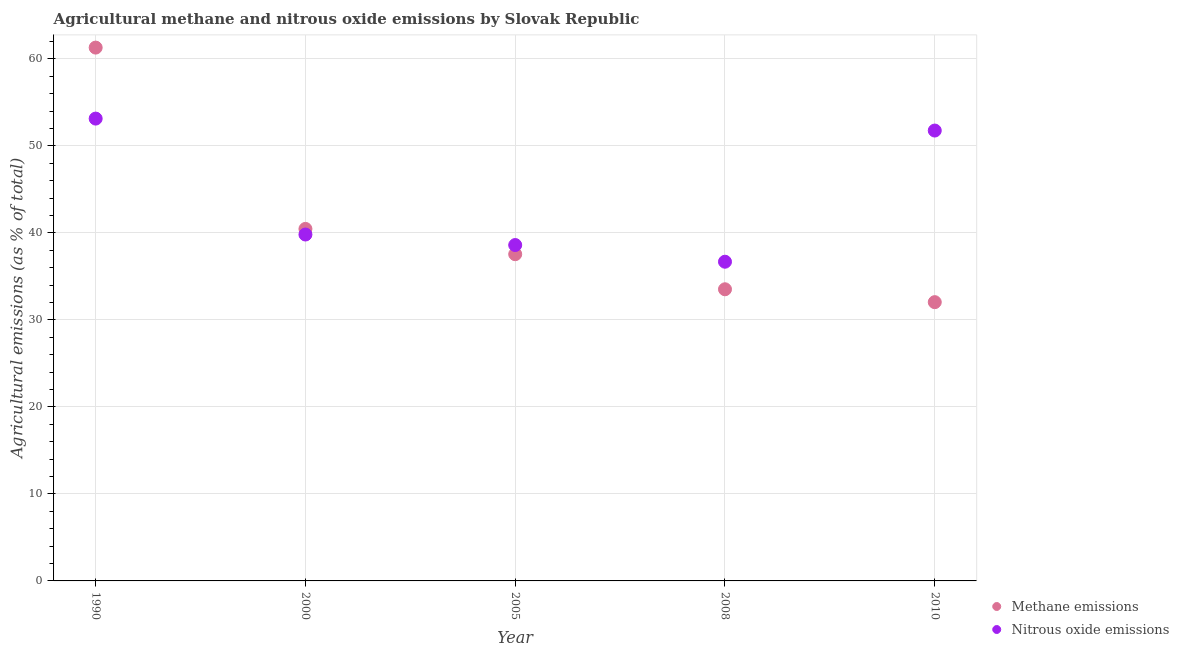
| Year | Methane emissions | Nitrous oxide emissions |
 | --- | --- | --- |
 | 1990 | 61.3 | 53.1 |
 | 2000 | 40.5 | 39.8 |
 | 2005 | 37.6 | 38.6 |
 | 2008 | 33.5 | 36.7 |
 | 2010 | 32 | 51.8 |